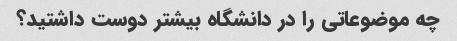
چه موضوعاتی را در دانشگاه بیشتر دوست داشتید؟